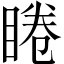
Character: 睠